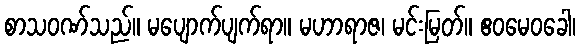
စာသဝဏ်သည်။ မပျောက်ပျက်ရာ။ မဟာရာဇ၊ မင်းမြတ်။ ဧဝမေဝခေါ၊